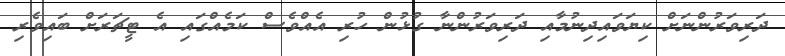
ދަރިވަރުންނަށް ކިޔަވައިދިނުމާއި ދަރިވަރުންނާ ގުޅުން ހުރި އެއްވެސް ކަމެއްގައި އެ ޓީޗަރަށް ބައިވެރި